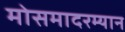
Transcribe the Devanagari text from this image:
मोसमादरम्यान